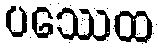
ပဿေထ